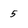
Character: 5